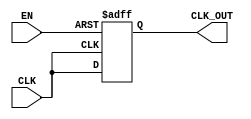
module ClockGatingBuffer (
    input  wire CLK,      // Primary clock input
    input  wire EN,       // Enable signal for clock gating
    output reg  CLK_OUT   // Gated clock output
);

// Clock Gating logic
always @(posedge CLK or negedge EN) begin
    if (!EN) begin
        // When EN is low, hold CLK_OUT low
        CLK_OUT <= 1'b0;
    end else begin
        // When EN is high, pass the clock through
        CLK_OUT <= CLK;
    end
end

endmodule